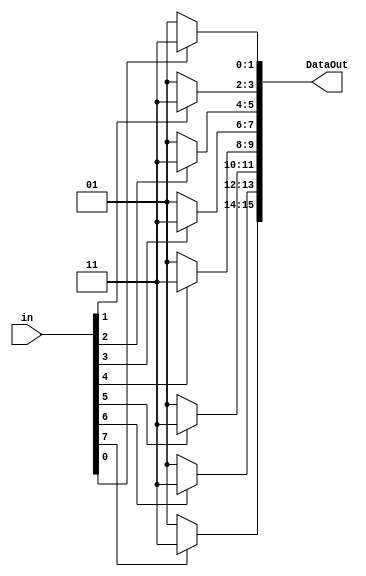
module BPSK_mod_audio (in, DataOut);
parameter n=8; //default value is set for hamming, not BCH which needs 15 bits in
input [n-1:0] in;
output [2*n-1:0] DataOut;

wire [1:0] out0, out1, out2, out3, out4, out5, out6, out7;
wire [29:0] max_size;
//if we are in range of the parameters, map 0s to 1 and 1s to -1
assign out0 = (0<= n) ? ((in[0] == 0) ? 01:11) : 00;
assign out1 = (1<= n) ? ((in[1] == 0) ? 01:11) : 00;
assign out2 = (2<= n) ? ((in[2] == 0) ? 01:11) : 00;
assign out3 = (3<= n) ? ((in[3] == 0) ? 01:11) : 00;
assign out4 = (4<= n) ? ((in[4] == 0) ? 01:11) : 00;
assign out5 = (5<= n) ? ((in[5] == 0) ? 01:11) : 00;
assign out6 = (6<= n) ? ((in[6] == 0) ? 01:11) : 00;
assign out7 = (7<= n) ? ((in[7] == 0) ? 01:11) : 00;


assign max_size = {out7, out6, out5, out4, out3, out2, out1, out0};

assign DataOut = max_size[2*n-1:0];
endmodule